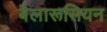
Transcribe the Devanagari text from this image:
बैलारूसियन